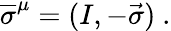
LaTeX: {\overline{{\sigma}}}^{\mu}=(I,-{\vec{\sigma}})~.